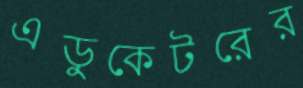
এডুকেটরের